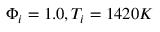
\Phi _ { i } = 1 . 0 , T _ { i } = 1 4 2 0 K